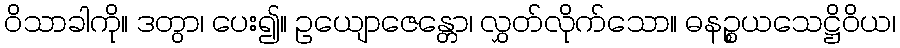
ဝိသာခါကို။ ဒတွာ၊ ပေး၍။ ဥယျောဇေန္တော၊ လွှတ်လိုက်သော။ ဓနဉ္စယသေဋ္ဌိဝိယ၊